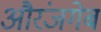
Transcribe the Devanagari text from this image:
औरंजगेब